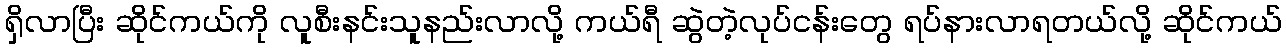
ရှိလာပြီး ဆိုင်ကယ်ကို လူစီးနင်းသူနည်းလာလို့ ကယ်ရီ ဆွဲတဲ့လုပ်ငန်းတွေ ရပ်နားလာရတယ်လို့ ဆိုင်ကယ်